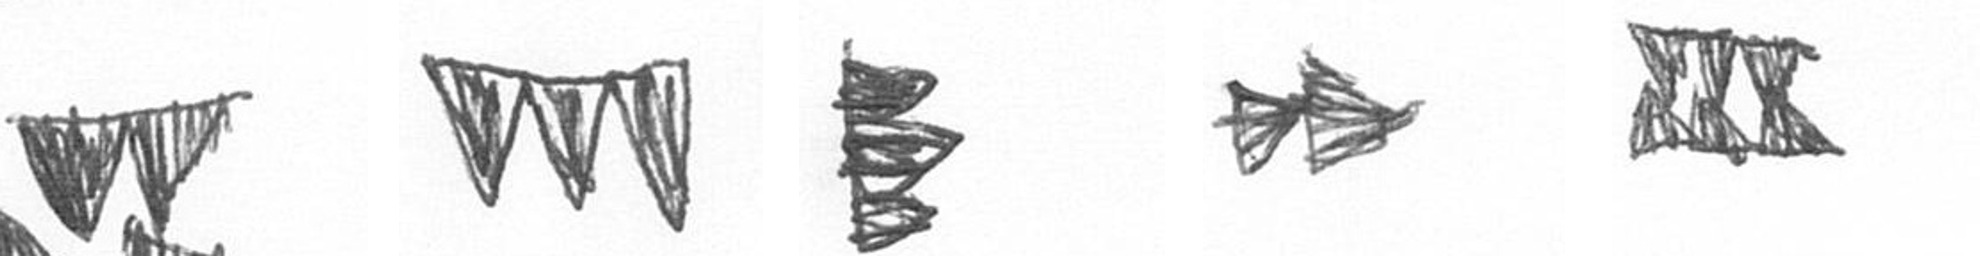
B L H A D